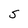
Character: s